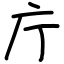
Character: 庁